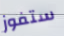
ستفوز